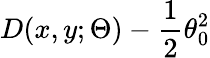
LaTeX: D(x,y;\Theta)-\frac{1}{2}\theta_{0}^{2}